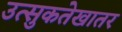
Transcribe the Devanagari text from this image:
उत्सुकतेखातर